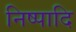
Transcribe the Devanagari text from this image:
निष्पादि